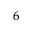
_ 6